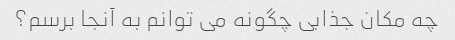
چه مکان جذابی چگونه می توانم به آنجا برسم؟